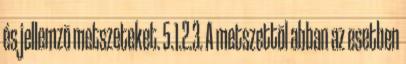
és jellemzõ metszeteket. 5.1.2.3. A metszettõl abban az esetben